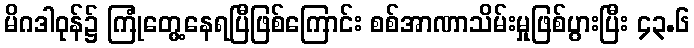
မိဂဒါဝုန်၌ ကြုံတွေ့နေရပြီဖြစ်ကြောင်း စစ်အာဏာသိမ်းမှုဖြစ်ပွားပြီး ၄၃.၆